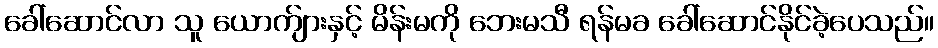
ခေါ်ဆောင်လာ သူ ယောက်ျားနှင့် မိန်းမကို ဘေးမသီ ရန်မခ ခေါ်ဆောင်နိုင်ခဲ့ပေသည်။